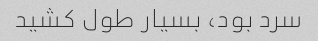
سرد بود، بسیار طول کشید